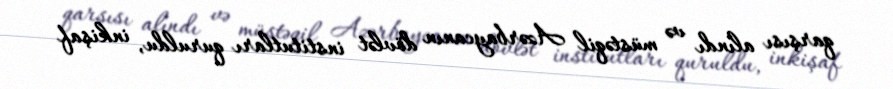
qarşısı alındı və müstəqil Azərbaycanın dövlət institutları quruldu, inkişaf